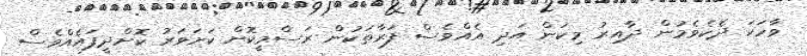
ވާހަކަ ދެކެވެމުން ދާއިރު މިކަން އަދި އެއްވެސް ފަރާތަކުން ރަސްމީކޮށް ކަށަވަރު ކޮށްދީފައެއްވެސް